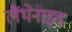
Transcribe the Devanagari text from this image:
लैंथेनाइड